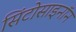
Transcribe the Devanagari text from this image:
सिंटोसाइनॉन